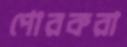
পোরকরা